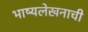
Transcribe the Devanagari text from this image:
भाष्यलेखनाची